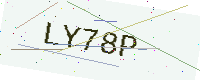
Text: LY78P